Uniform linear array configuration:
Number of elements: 24
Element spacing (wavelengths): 1
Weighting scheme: blackman
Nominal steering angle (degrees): -45
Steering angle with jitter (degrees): -43.418
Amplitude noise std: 0.05
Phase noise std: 0.05

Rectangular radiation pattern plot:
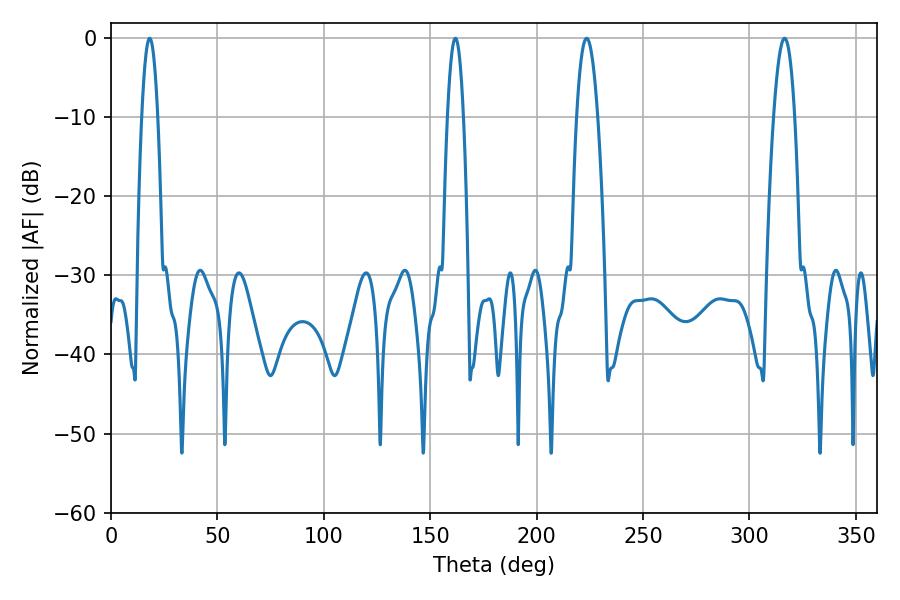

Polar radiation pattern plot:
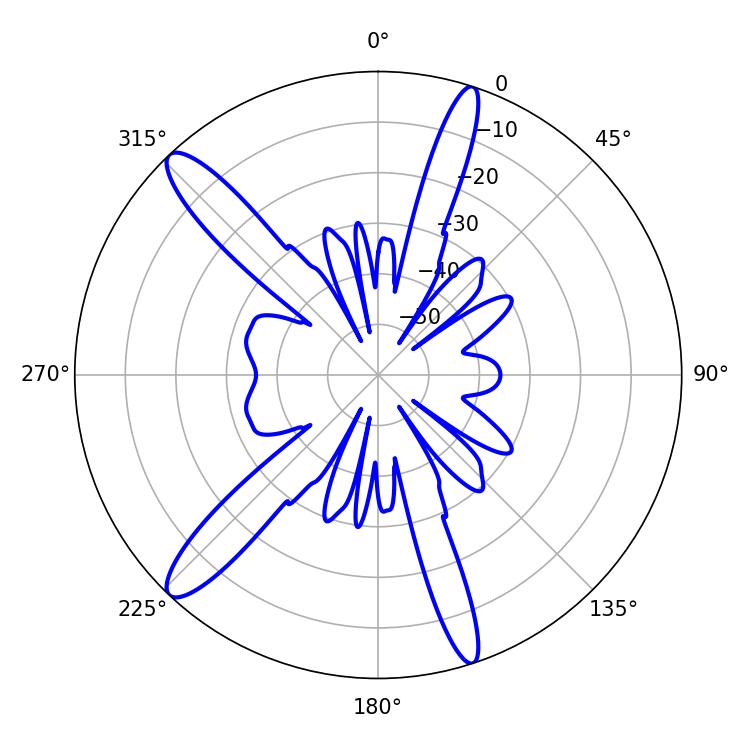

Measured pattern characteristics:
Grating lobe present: TRUE
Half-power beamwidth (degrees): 3.96
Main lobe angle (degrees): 18.18